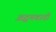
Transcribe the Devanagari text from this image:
अद्वयवादी